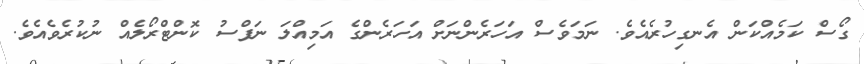
ގޯސް ކަމެއްކަން އެނގިހުރެއެވެ. ނަމަވެސް އަަހަރެންނަށް އަހަރެންގެ އަމިއްލަ ނަފްސު ކޮންޓްރޯލެއް ނުކުރެވެއެވެ.